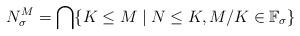
LaTeX: \begin{align*}N^M_\sigma=\bigcap\{K\leq M\mid N\leq K,M/K\in\mathbb{F}_\sigma \}\end{align*}